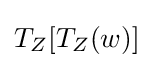
T_{Z}[T_{Z}(w)]